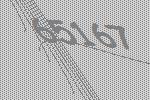
65167